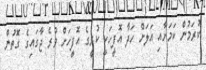
ކުރަމުން ކަމަށާއި އަލަށް ހަދާ އޮފީހަކީ ކުރީގެ އޮފީހަށް ވުރެ ޖާގައިގެ ގޮތުން